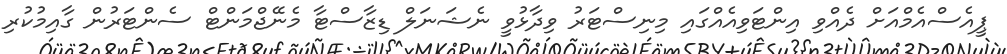
ޕީއެސްއެމްއަށް ދެއްވި އިންޓަވިއެއްގައި މިނިސްޓަރު ވިދާޅުވީ ނެޝަނަލް ޑިޒާސްޓާ މެނޭޖްމަންޓް ސެންޓަރުން ގާއިމުކުރި